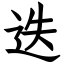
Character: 迭